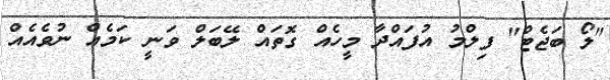
"ލޯ ބަޖެޓް" ފިލްމު އުފައްދާ މީހެއް ގޮތައް ލޭބަލް ވަނީ ކަމެއް ނުވެއެއް